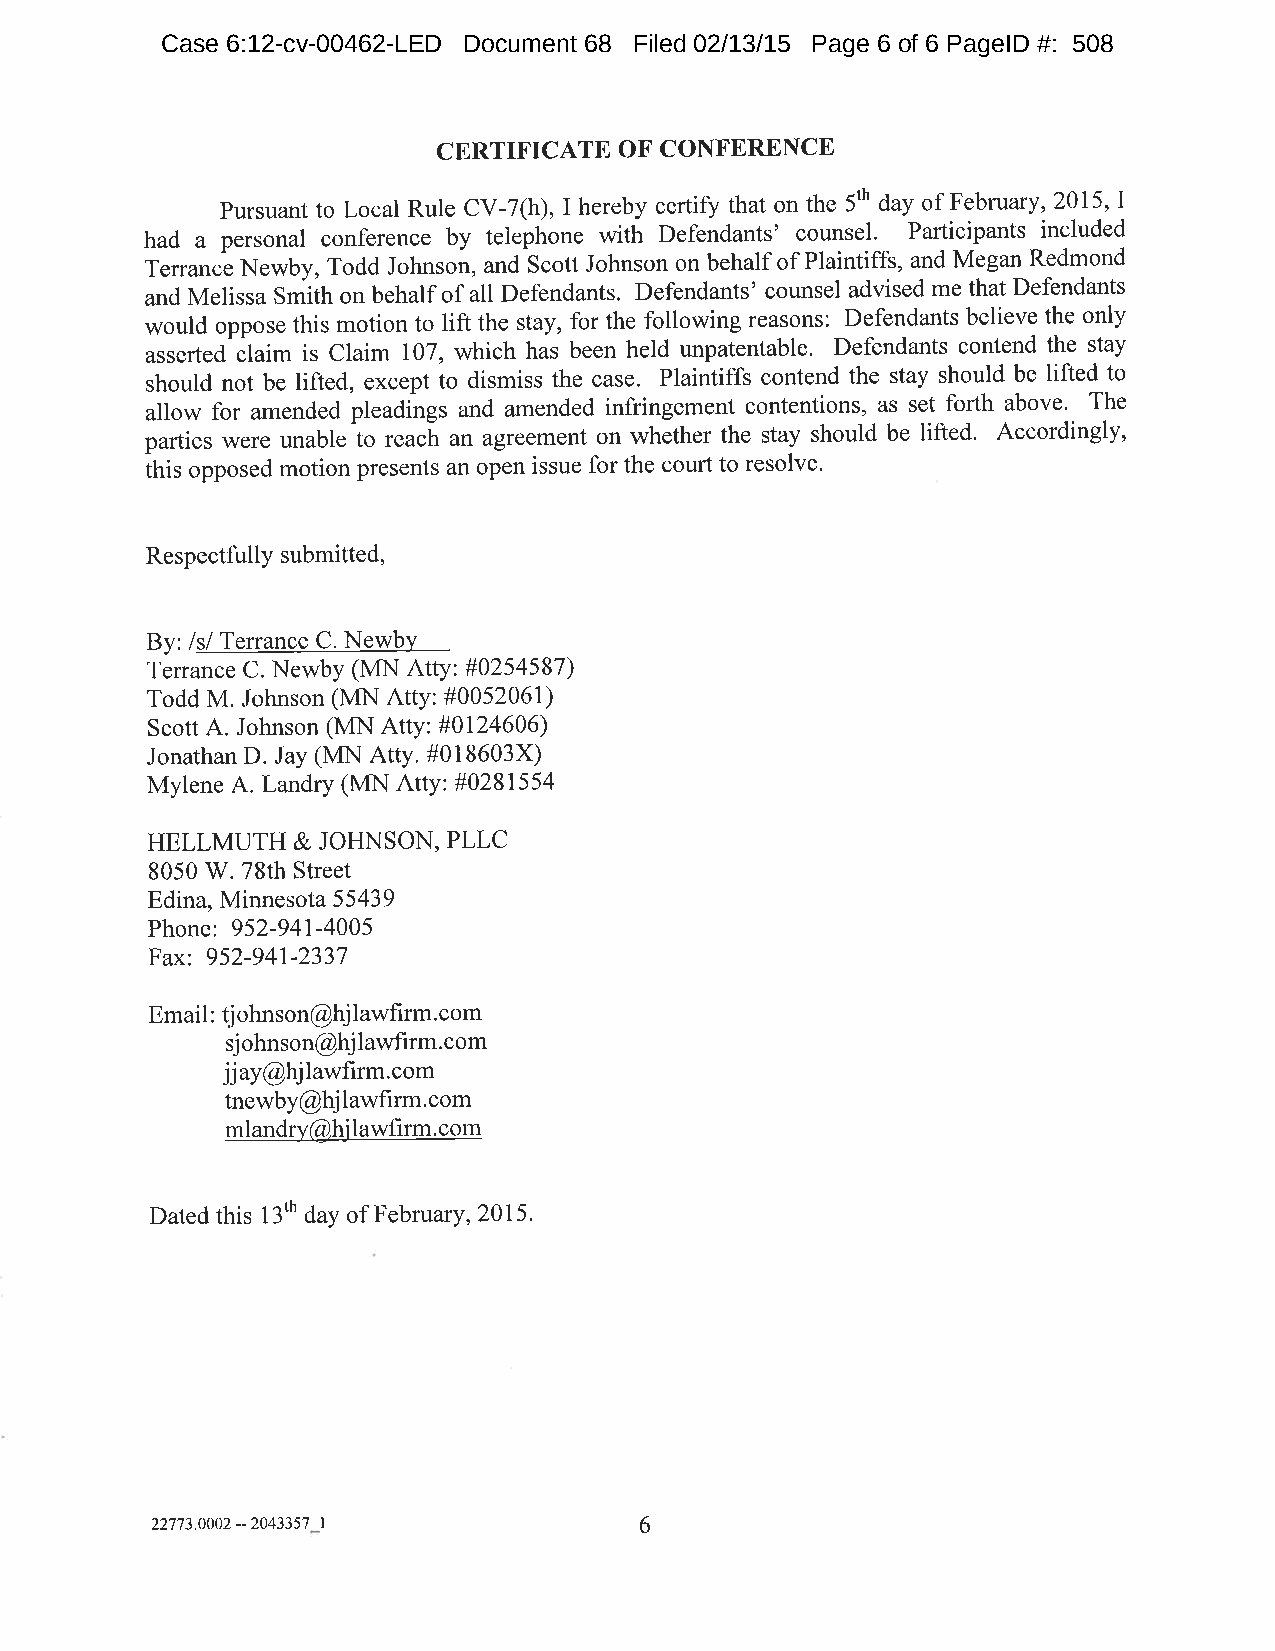
Case 6:12-cv-00462-LED Document 68 Filed 02/13/15 Page 6 of 6 PageID #: 508
 CERTIFICATE OF CONFERENCE
 pursuant to Local Rule CV-7(h), I hereby certify that on the 5th day of February, 2015,I
 had a personal conference by teiephone with Defendants' counsel. Participants included
 Tenance Newby, Todd Johnson, and Scott Johnson on behalf of Plaintiffs, and Megan Redmond
 and Melissa Smith on behalf of all Defendants. Defendants' counsel advised me that Defendants
 would oppose this motion to lift the stay, for the following reasons: Defendants believe the only
 asserted claim is Claim 107, which has been held unpatentable. Defendants contend the stay
 should not be lifted, except to dismiss the case. Plaintiffs contend the stay should be lifted to
 allow for amended pleadings and amended infringement contentions, as set forth above. The
 parties were unable io reach an agreement on whether the stay should be lifted' Accordingly,
 ihir oppor.d motion presents an open issue for the court to resolve.
 Respectfully submitted,
 By: /s/ Terrance C. NewbY
 Terrance C. Newby (MN Atty: #0254587)
 Todd M. Johnson (MN AttY: #0052061)
 Scott A. Johnson (MN Atty: #0124606)
 Jonathan D. Jay (MN Atty. #018603X)
 Mylene A. Landry (MN AttY: #0281554
 HELLMUTH  & JOHNSON, PLLC
 8050 W. 78th Street
 Edina, Minnesota 55439
 Phone: 952-941-4005
 Fax: 952-941-2337
 Email : tj ohnson@hj lawhrm.com
 sj ohnson@hj lawfirm. com
 jjay@hjlawfirm.com
 tnewby@hjlawfirm.com
 mlandry@hj lawfìrm. com
 Dated this 13fh day of February, 2015.
 22773.0002--204f357 |           6